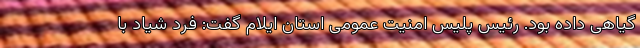
گیاهی داده بود. رئیس پلیس امنیت عمومی استان ایلام گفت: فرد شیاد با